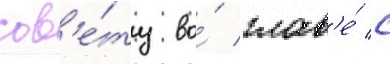
сов'е́ту во́ глав'е́ с